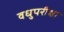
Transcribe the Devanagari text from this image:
वधुपरीक्षा